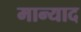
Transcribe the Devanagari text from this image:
मान्याद